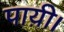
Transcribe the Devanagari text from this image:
पाय़ी।